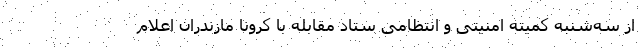
از سه‌شنبه کمیته امنیتی و انتظامی ستاد مقابله با کرونا مازندران اعلام